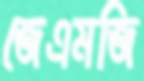
জেএমজি